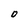
Character: 0